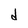
Character: d